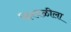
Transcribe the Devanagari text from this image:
हिरवळीला